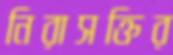
নিরাসক্তির